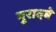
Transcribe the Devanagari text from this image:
मुरादबे